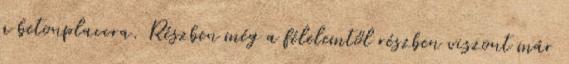
a betonplaccra. Részben még a félelemtől részben viszont már